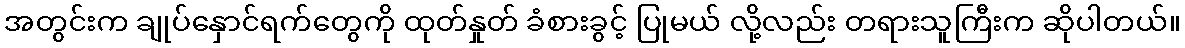
အတွင်းက ချုပ်နှောင်ရက်တွေကို ထုတ်နှုတ် ခံစားခွင့် ပြုမယ် လို့လည်း တရားသူကြီးက ဆိုပါတယ်။